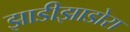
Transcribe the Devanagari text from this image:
झाडीझाडोरा